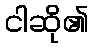
ငါဆို၏